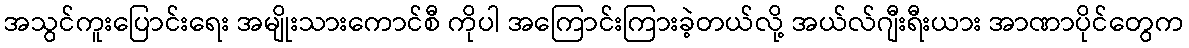
အသွင်ကူးပြောင်းရေး အမျိုးသားကောင်စီ ကိုပါ အကြောင်းကြားခဲ့တယ်လို့ အယ်လ်ဂျီးရီးယား အာဏာပိုင်တွေက